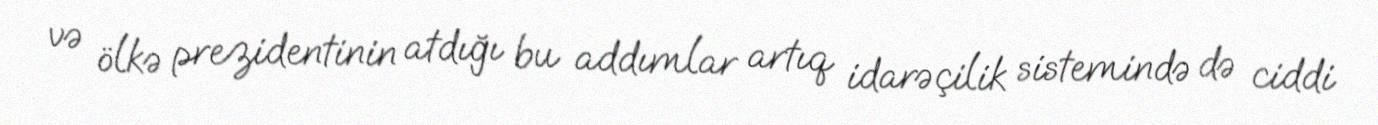
və ölkə prezidentinin atdığı bu addımlar artıq idarəçilik sistemində də ciddi